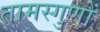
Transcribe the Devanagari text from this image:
तामस्गुणों